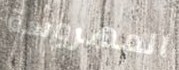
المهروسة